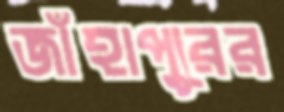
জাঁহাপুরের